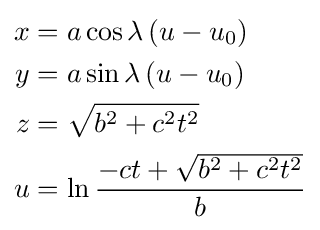
\scriptstyle {\begin{aligned}x&=a\cos \lambda \left(u-u_{0}\right)\\y&=a\sin \lambda \left(u-u_{0}\right)\\z&={\sqrt {b^{2}+c^{2}t^{2}}}\\u&=\ln {\frac {-ct+{\sqrt {b^{2}+c^{2}t^{2}}}}{b}}\end{aligned}}